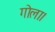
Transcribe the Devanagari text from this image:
गोला।